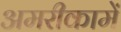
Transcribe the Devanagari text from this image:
अमरीकामें